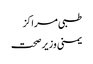
طبی مراکز
یمنی وزیر صحت